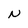
Character: N